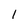
Character: 1